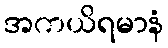
အကယိရမာနံ